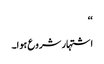
‘‘
اشتہار شروع ہوا۔